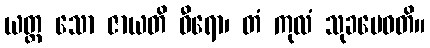
ယတ္ထ သော ဇာယတိ ဓီရော၊ တံ ကုလံ သုခမေဓတိ။